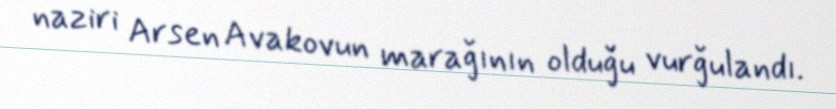
naziri Arsen Avakovun marağının olduğu vurğulandı.